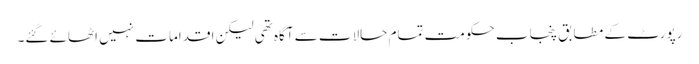
رپورٹ کے مطابق پنجاب حکومت تمام حالات سے آگاہ تھی لیکن اقدامات نہیں اٹھائے گئے۔